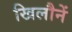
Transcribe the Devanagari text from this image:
खिलौनें